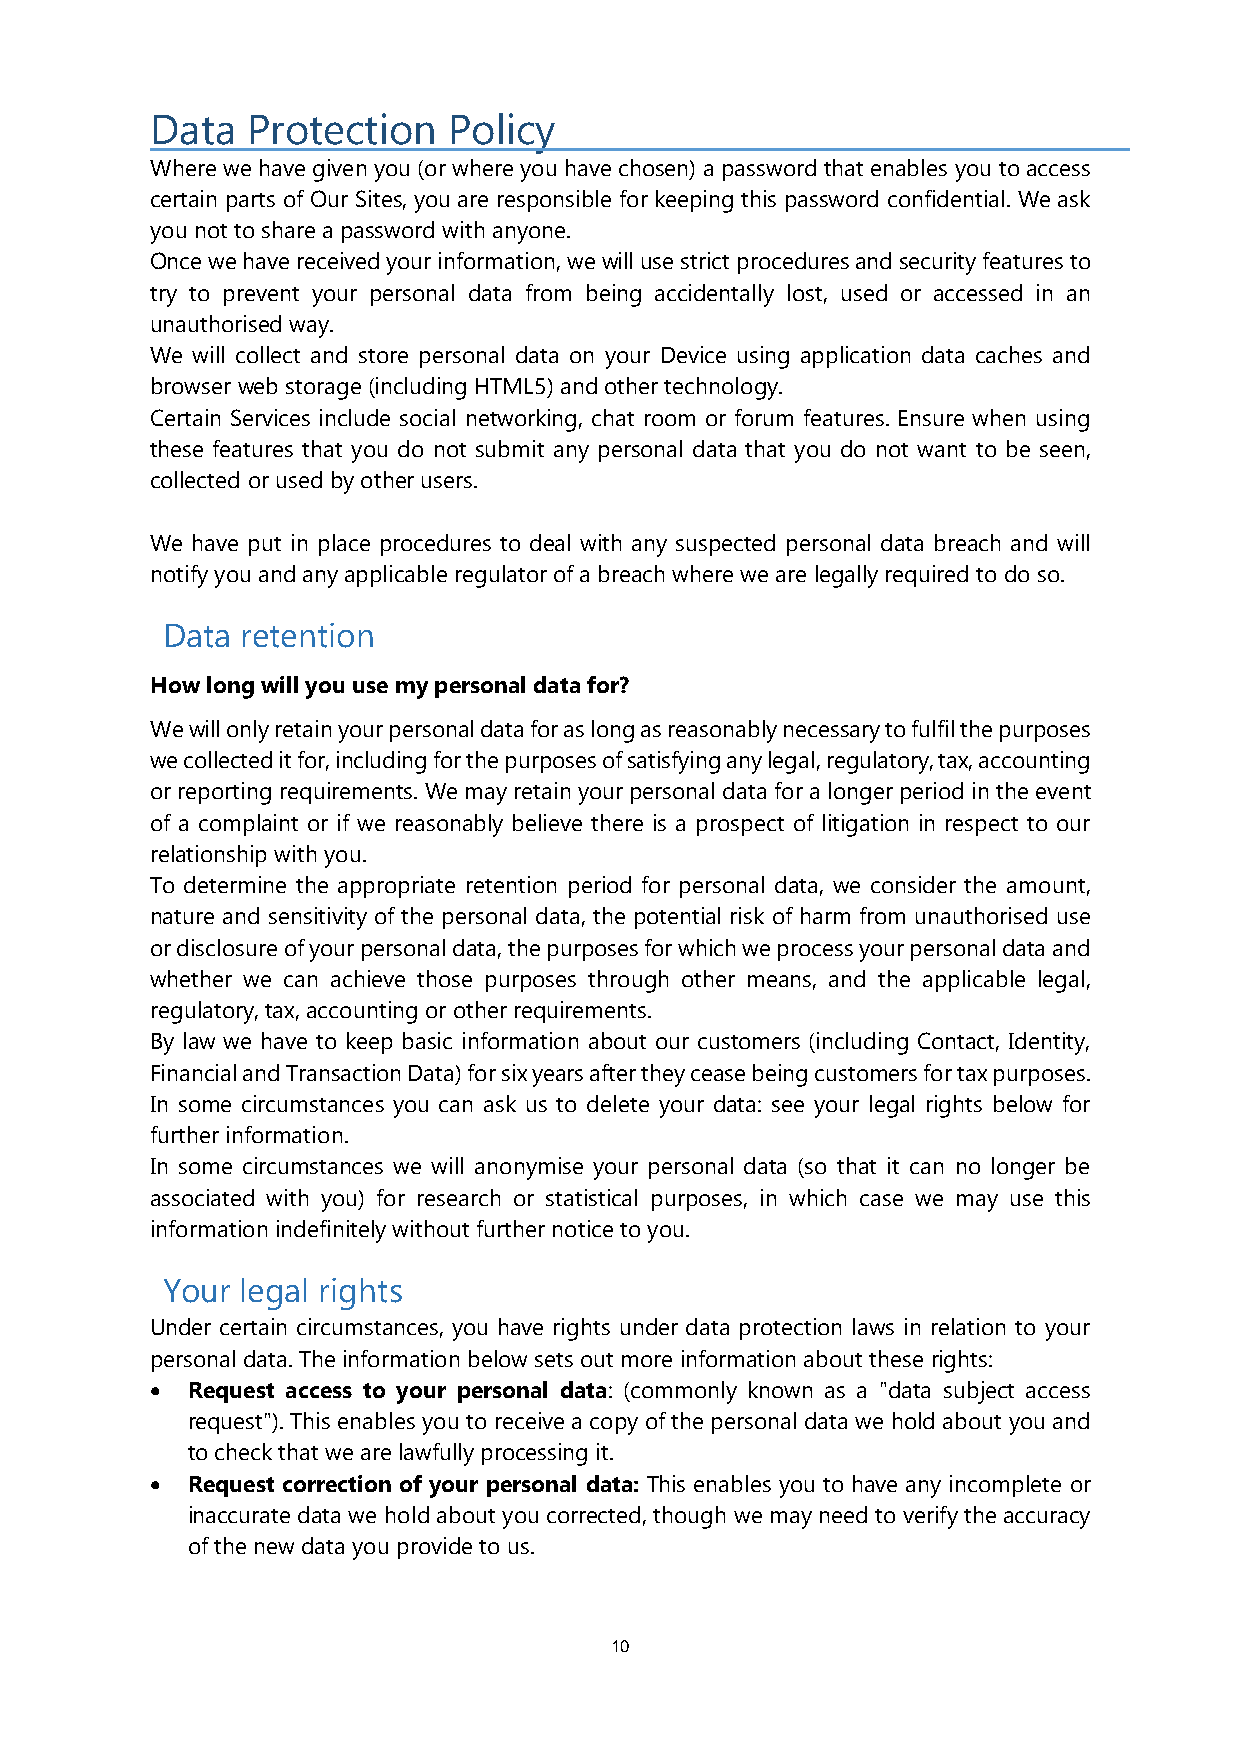
Data  Protection    Policy
 Where we have given you (or where you have chosen) a password that enables you to access
 certain parts of Our Sites, you are responsible for keeping this password confidential. We ask
 you not to share a password with anyone.
 Once we have received your information, we will use strict procedures and security features to
 try to prevent your personal data from being accidentally lost, used or accessed in an
 unauthorised way.
 We will collect and store personal data on your Device using application data caches and
 browser web storage (including HTML5) and other technology.
 Certain Services include social networking, chat room or forum features. Ensure when using
 these features that you do not submit any personal data that you do not want to be seen,
 collected or used by other users.
 We have put in place procedures to deal with any suspected personal data breach and will
 notify you and any applicable regulator of a breach where we are legally required to do so.
 Data retention
 How long will you use my personal data for?
 We will only retain your personal data for as long as reasonably necessary to fulfil the purposes
 we collected it for, including for the purposes of satisfying any legal, regulatory, tax, accounting
 or reporting requirements. We may retain your personal data for a longer period in the event
 of a complaint or if we reasonably believe there is a prospect of litigation in respect to our
 relationship with you.
 To determine the appropriate retention period for personal data, we consider the amount,
 nature and sensitivity of the personal data, the potential risk of harm from unauthorised use
 or disclosure of your personal data, the purposes for which we process your personal data and
 whether we can achieve those purposes through other means, and the applicable legal,
 regulatory, tax, accounting or other requirements.
 By law we have to keep basic information about our customers (including Contact, Identity,
 Financial and Transaction Data) for six years after they cease being customers for tax purposes.
 In some circumstances you can ask us to delete your data: see your legal rights below for
 further information.
 In some circumstances we will anonymise your personal data (so that it can no longer be
 associated with you) for research or statistical purposes, in which case we may use this
 information indefinitely without further notice to you.
 Your legal rights
 Under certain circumstances, you have rights under data protection laws in relation to your
 personal data. The information below sets out more information about these rights:
 • Request access to your personal data: (commonly known as a "data subject access
 request"). This enables you to receive a copy of the personal data we hold about you and
 to check that we are lawfully processing it.
 • Request correction of your personal data: This enables you to have any incomplete or
 inaccurate data we hold about you corrected, though we may need to verify the accuracy
 of the new data you provide to us.
 10